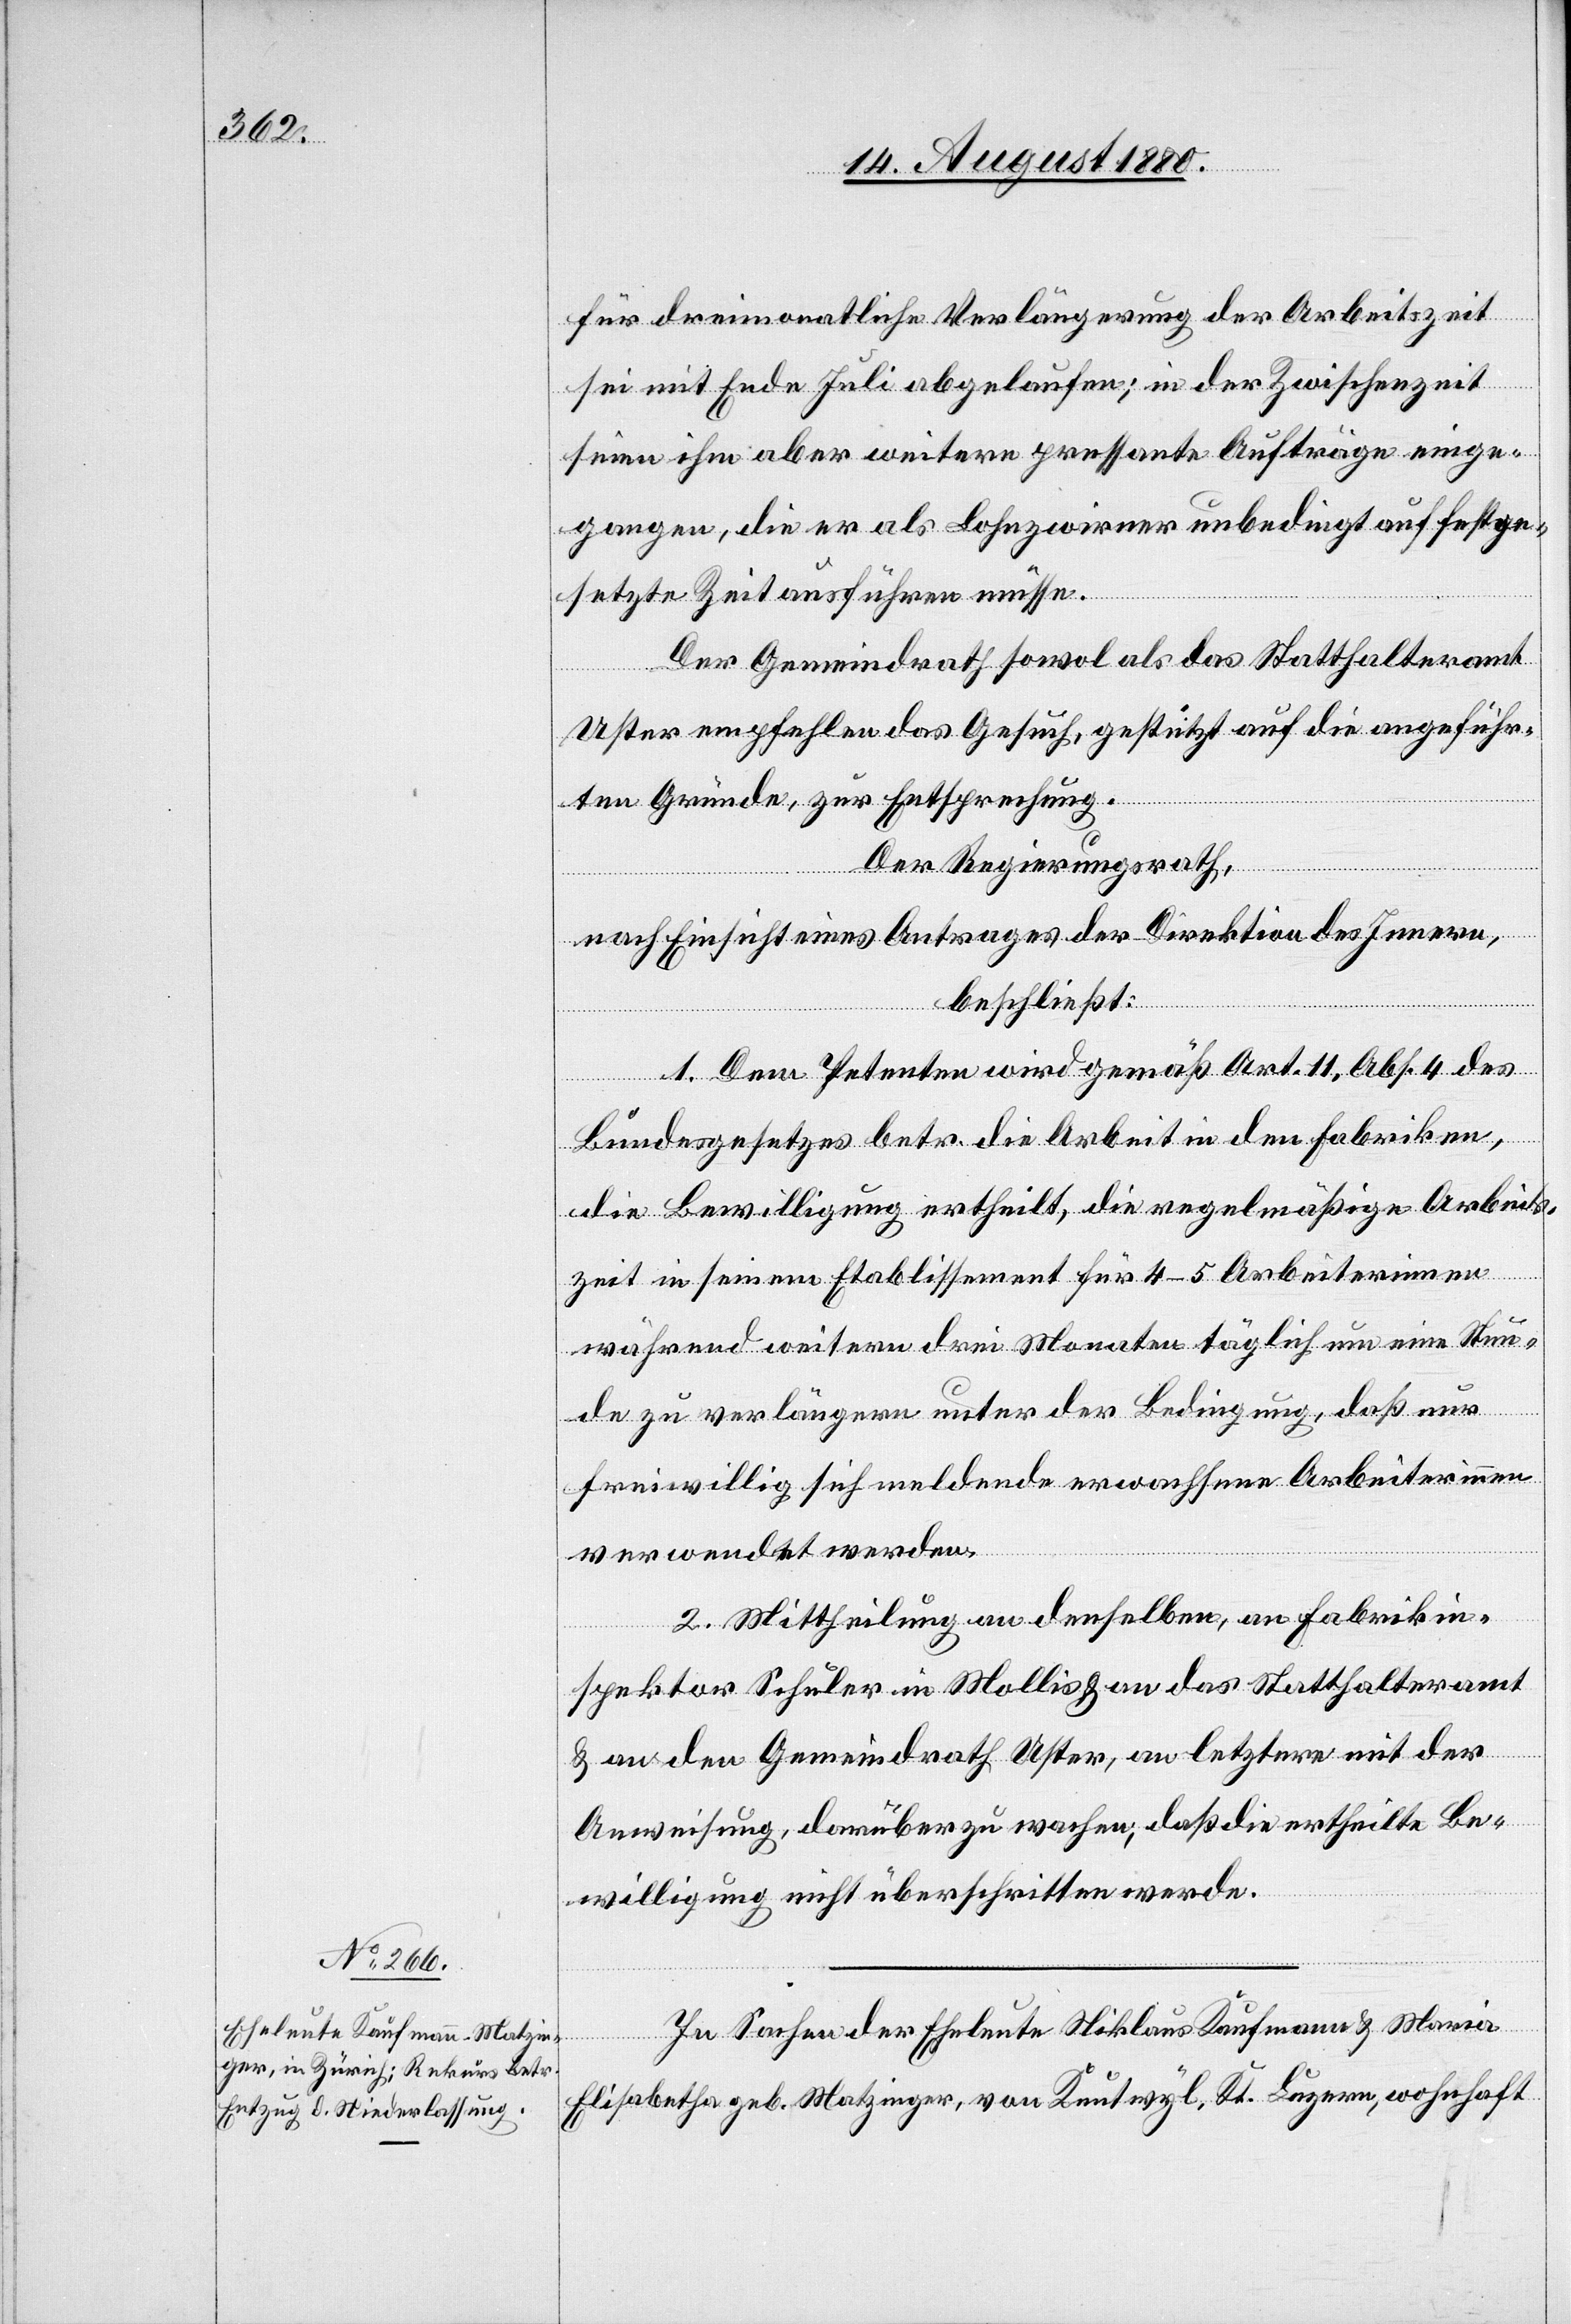
für dreimonatliche Verlängerung der Arbeitszeit
sei mit Ende Juli abgelaufen; in der Zwischenzeit
seien ihm aber weitere pressante Aufträge einge¬
gangen, die er als Lohnzwirner unbedingt auf festge¬
setzte Zeit ausführen müsse.
Der Gemeindrath sowol als das Statthalteramt
erinnen
Uster empfehlen das Gesuch, gestützt auf die angeführ¬
ten Gründe, zur Entsprechung.
Der Regierungsrath,
nach Einsicht eines Antrages der Direktion des Innern,
beschließt:
1. Dem Petenten wird gemäß Art. 11, Abs. 4 des
Bundesgesetzes betr. die Arbeit in den Fabriken,
die Bewilligung ertheilt, die regelmäßige Arbeits¬
während weiteren drei Monaten täglich um eine Stun¬
de zu verlängern unter der Bedingung, daß nur
freiwillig sich meldende erwachsene Arbeiterinnen
verwendet werden.
2. Mittheilung an denselben, an Fabrikin¬
spektor Schuler in Mollis & an das Statthalteramt
& den Gemeindrath Uster, an letztern mit der
Anweisung, darüber zu wachen, daß die ertheilte Be¬
willigung nicht überschritten werde.
In Sachen der Eheleute Niklaus Kaufmann & Maria
Elisabetha geb. Matzinger, von Knutwyl, Kt. Luzern, wohnhaft